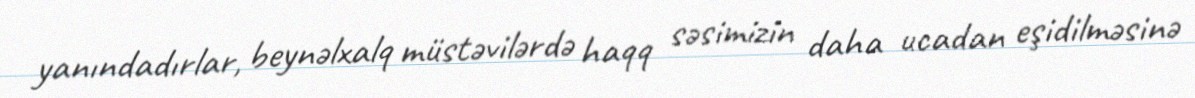
yanındadırlar, beynəlxalq müstəvilərdə haqq səsimizin daha ucadan eşidilməsinə